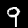
Label: 9